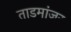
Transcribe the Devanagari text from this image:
ताडमांजर